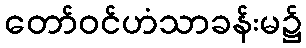
တော်ဝင်ဟံသာခန်းမ၌